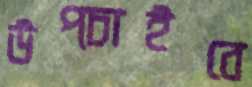
উপ্‌চাইবে